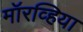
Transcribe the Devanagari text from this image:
मॉरव्हिया